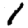
Digit: 1